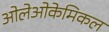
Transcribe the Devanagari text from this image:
ओलेओकेमिकल